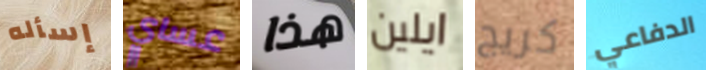
إسأله عساي هذا ايلين كريج الدفاعي